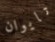
تايوان